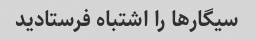
سیگار‌ها را اشتباه فرستادید